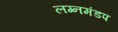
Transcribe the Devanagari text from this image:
लग्नमंडप